Report of the Municipal Commissioner on the plague in Bombay for the year ending 31st May... - Volume 2
Disease focus: Plague
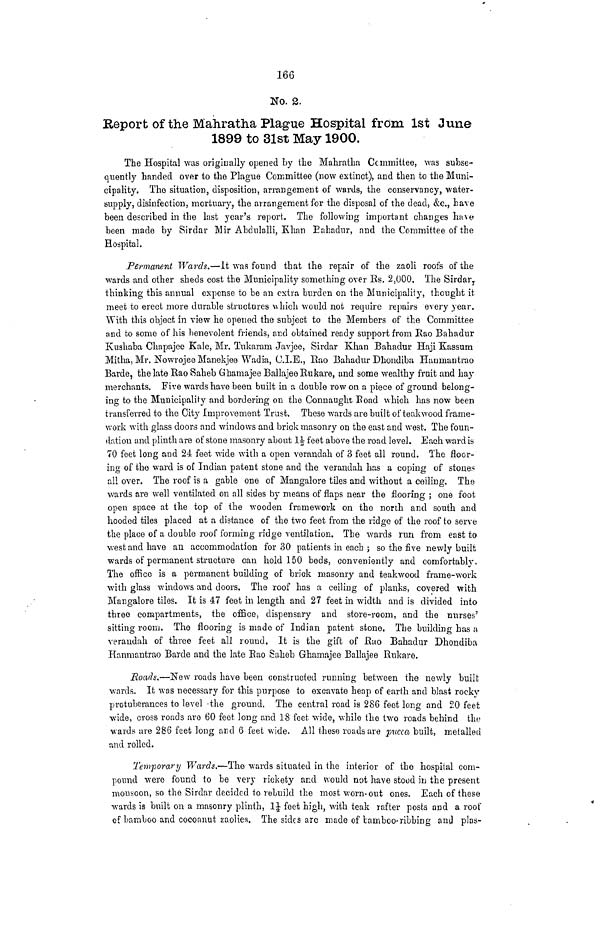
166
No. 2.
Heport of the Mahratha Plague Hospital from 1st June
1899 to 31st May 1900.
The Hospital was originally opened by the Mahratha Committee, was subse-
quently handed over to the Plague Committee (now extinct), and then to the Muni-
cipality. The situation, disposition, arrangement of wards, the conservancy, water-
supply, disinfection, mortuary, the arrangement for the disposal of the dead, &c., have
been described in the last year's report. The following important changes have
been made by Sirdar Mir Abdulalli, Khan Bahadur, and the Committee of the
Hospital.
Permanent Wards.—It was found that the repair of the zaoli roofs of the
wards and other sheds cost the Municipality something over Es. 2,000. The Sirdar r
thinking this annual expense to be an extra burden on ihe Municipality, thought it
meet to erect more durable structures \\hich would not require repairs every year.
With this object in view he opened the subject to the Members of the Committee
and to some of his benevolent friends, and obtained ready support from Rao Bahadur
Kushaba Chapajee Kale, Mr. Tukaram Javjee, Sirdar Khan Bahadur Haji Kassum
Mitha, Mr. Nowrojee Manekjee Wadia, C.I.E., Bao Bahadur Dhondiba Haumantrao
Barde, the late BaoSaheb Ghamajee Ballajee Bukare, and some wealthy fruit and hay
merchants. Five wards have been built in a double row on a piece of ground belong-
ing to the Municipality and bordering on the Connaught Boad which has now been
transferred to the City Improvement Trust. These wards are built of teakwood frame-
work with glass doors and windows and brick masonry on the east and west. The foun-
dation and plinth are of stone masonry about li feet above the road level. Each ward is
70 feet long and 24 feet wide with a open verandah of 3 feet all round. The floor-
ing of the ward is of Indian patent stone and the verandah has a coping of stone?
all over. The roof is a gable one of Mangalore tiles and without a ceiling. Tho
wards are well ventilated on all sides by means of flaps near the flooring ; one foot
open space at the top of the wooden framework on the north and south and
hooded tiles placed at a distance of the two feet from the ridge of the roof to serve
the place of a double roof forming ridge ventilation. The wards run from east to
west and have an accommodation for 30 patients in each ; so the five newly built
wards of permanent structure can hold 150 beds, conveniently and comfortably,
The office is a permanent building of brick masonry and teakwood frame-work
with glass windows and doors. The roof has a ceiling of planks, covered with
Mangalore tiles. It is 47 feet in length and 27 feet in width and is divided into
three compartments, the office, dispensary and store-room, and the nurses'
sitting room. The flooring is made of Indian patent stone. The building has a
verandah of three feet all round. It is the gift of Bao Bahadur Dhondiba
Hanmantrao Barde and the late Bao Saheb Ghamajee Ballajee Bukare.
Roach.—New roads have been constructed running between the newly built
wards. It was necessary for this purpose to excavate heap of earth and blast rocky
protuberances to level 'the ground. The central road is 286 feet long and 20 feet
wide, cross roads are 60 feet long and 18 feet wide, while the two roads behind the
wards are 286 feet long and 6 feet wide. All these ro a els are pucca built, metalled
and rolled.
Temporary Wards.—The wards situated in the interior of the hospital com-
pound were found to be very rickety and would not have stood in the present
monsoon, so the Sirdar decided to rebuild the most worn-out ones. Each of these
wards is built on a masonry plinth, 1£ feet high, with teak rafter posts and a roof
of bamboo and cocoanut zaolies. The sides are made of bamboo-ribbing and plas-